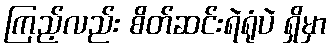
ကြည့်လည်း စိတ်ဆင်းရဲရုံပဲ ရှိမှာ